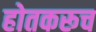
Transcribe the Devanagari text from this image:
होतकरूच